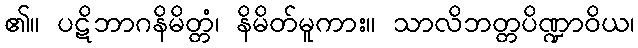
၏။ ပဋိဘာဂနိမိတ္တံ၊ နိမိတ်မူကား။ သာလိဘတ္တပိဏ္ဍာဝိယ၊